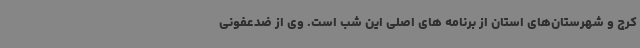
کرج و شهرستان‌های استان از برنامه های اصلی این شب است. وی از ضدعفونی